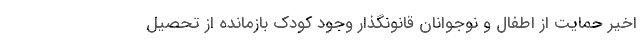
اخیر حمایت از اطفال و نوجوانان قانونگذار وجود کودک بازمانده از تحصیل